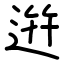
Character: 逬